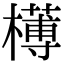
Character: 𣝍